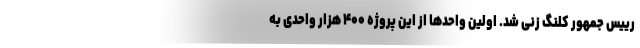
رییس جمهور کلنگ زنی شد. اولین واحدها از این پروژه ۴۰۰ هزار واحدی به